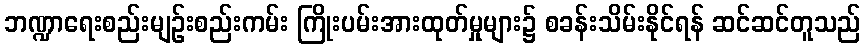
ဘဏ္ဍာရေးစည်းမျဉ်းစည်းကမ်း ကြိုးပမ်းအားထုတ်မှုများ၌ စခန်းသိမ်းနိုင်ရန် ဆင်ဆင်တူသည်